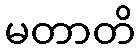
မတာတိ